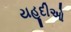
યહૂદીઓ